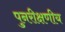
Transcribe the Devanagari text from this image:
पुनरीक्षणीय